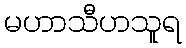
မဟာသီဟသူရ